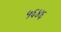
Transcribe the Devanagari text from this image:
५६४६